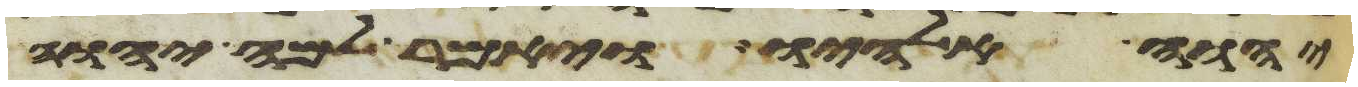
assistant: יהוה אלהיו ויאמר למה יהוה